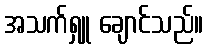
အသက်ရှူ ချောင်သည်။